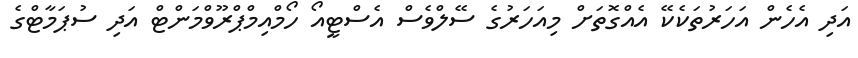
އަދި އެހެން އަހަރުތަކެކޭ އެއްގޮތަށް މިއަހަރުގެ ސޭލްވެސް އެސްޓީއޯ ހޯމްއިމްޕްރޫވްމަންޓް އަދި ސުޕަމާޓްގެ